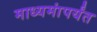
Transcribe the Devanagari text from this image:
माध्यमांपर्यंत